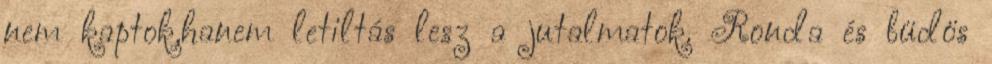
nem kaptok,hanem letiltás lesz a jutalmatok. Ronda és büdös